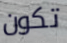
تكون